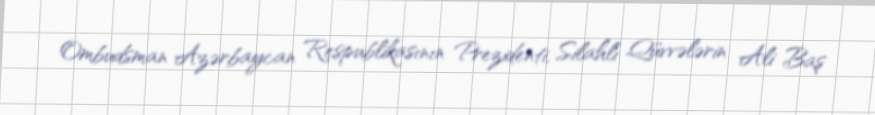
Ombudsman Azərbaycan Respublikasının Prezidenti, Silahlı Qüvvələrin Ali Baş